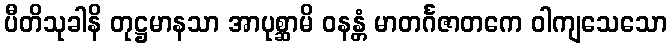
ပီတိသုခါနိ တုဋ္ဌမာနသာ အာပုစ္ဆာမိ ဝနန္တံ မာတင်္ဂဇာတကေ ဝါကျသေသော